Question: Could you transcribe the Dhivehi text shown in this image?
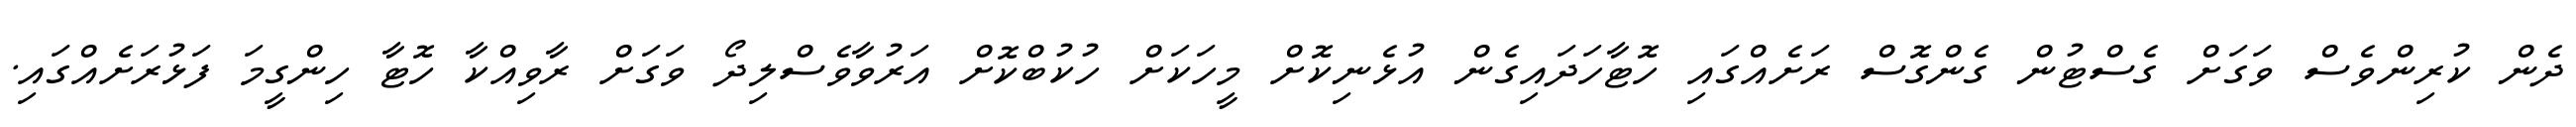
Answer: ދެން ކުރިންވެސް ވަގަށް ގެސްޓުން ގެންގޮސް ރަށެއްގައި ހޮޓާހަދައިގެން އުޅެނިކޮށް މީހަކަށް ހުކުބްކޮށް އަރުވާވެސްލިދޯ ވަގަށް ރާވިއްކާ ހޮޓާ ހިންގީމަ ފަޅުރަށެއްގައި.